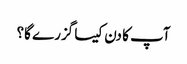
آپ کا دن کیسا گزرے گا؟